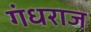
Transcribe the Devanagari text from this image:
गंधराज